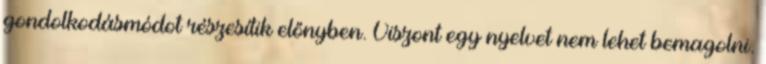
gondolkodásmódot részesítik előnyben. Viszont egy nyelvet nem lehet bemagolni.